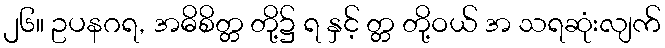
၂၆။ ဥပနဂရ, အဓိစိတ္တ တို့၌ ရ နှင့် တ္တ တို့ဝယ် အ သရဆုံးလျက်